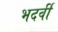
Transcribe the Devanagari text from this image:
भदर्वी